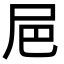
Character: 㞎